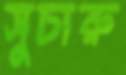
সুচারু